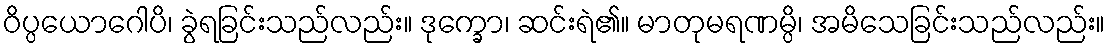
ဝိပ္ပယောဂေါပိ၊ ခွဲရခြင်းသည်လည်း။ ဒုက္ခော၊ ဆင်းရဲ၏။ မာတုမရဏမ္ပိ၊ အမိသေခြင်းသည်လည်း။